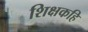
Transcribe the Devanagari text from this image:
शिक्षकहि